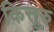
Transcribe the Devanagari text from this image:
कित्तूरु